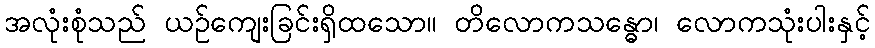
အလုံးစုံသည် ယဉ်ကျေးခြင်းရှိထသော။ တိလောကသန္ဓော၊ လောကသုံးပါးနှင့်